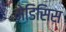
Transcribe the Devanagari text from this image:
मेडिसिस